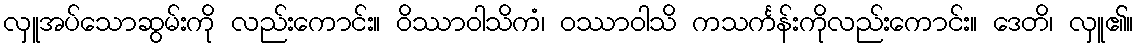
လှူအပ်သောဆွမ်းကို လည်းကောင်း။ ဝိဿာဝါသိကံ၊ ဝဿာဝါသိ ကသင်္ကန်းကိုလည်းကောင်း။ ဒေတိ၊ လှူ၏။